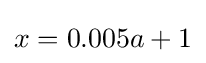
x=0.005a+1